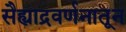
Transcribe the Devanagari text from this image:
सैह्याद्रवर्णनातून